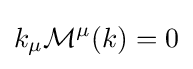
k_{\mu }{\mathcal {M}}^{\mu }(k)=0